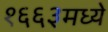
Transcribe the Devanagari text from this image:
१६६३मध्ये